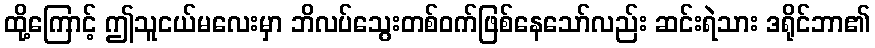
ထို့ကြောင့် ဤသူငယ်မလေးမှာ ဘိလပ်သွေးတစ်ဝက်ဖြစ်နေသော်လည်း ဆင်းရဲသား ဒရိုင်ဘာ၏